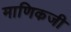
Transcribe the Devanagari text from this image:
माणिकजी